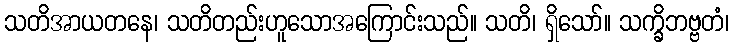
သတိအာယတနေ၊ သတိတည်းဟူသောအကြောင်းသည်။ သတိ၊ ရှိသော်။ သက္ခိဘဗ္ဗတံ၊